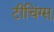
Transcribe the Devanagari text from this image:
टीचिंग्स्‌